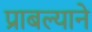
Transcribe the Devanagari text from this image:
प्राबल्याने